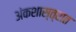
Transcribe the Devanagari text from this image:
अंकशास्त्रात